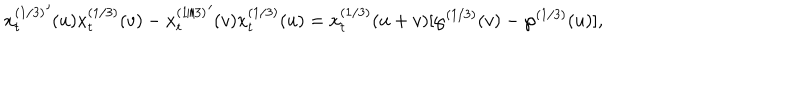
{ x _ { t } ^ { ( 1 / 3 ) } } ^ { \prime } ( u ) x _ { t } ^ { ( 1 / 3 ) } ( v ) - { x _ { t } ^ { ( 1 / 3 ) } } ^ { \prime } ( v ) x _ { t } ^ { ( 1 / 3 ) } ( u ) = x _ { t } ^ { ( 1 / 3 ) } ( u + v ) [ \wp ^ { ( 1 / 3 ) } ( v ) - \wp ^ { ( 1 / 3 ) } ( u ) ] ,